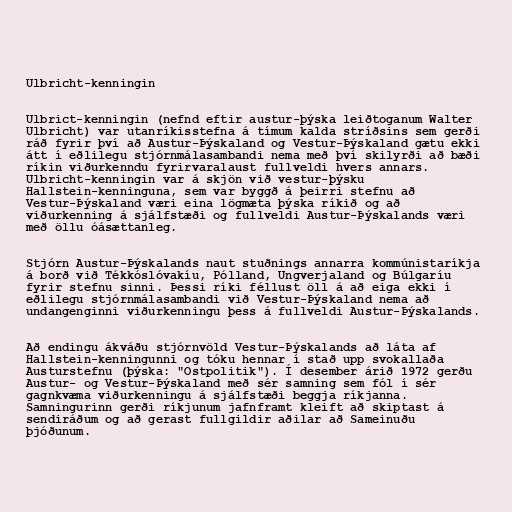
Ulbricht-kenningin

Ulbrict-kenningin (nefnd eftir austur-þýska leiðtoganum Walter
Ulbricht) var utanríkisstefna á tímum kalda stríðsins sem gerði
ráð fyrir því að Austur-Þýskaland og Vestur-Þýskaland gætu ekki
átt í eðlilegu stjórnmálasambandi nema með því skilyrði að bæði
ríkin viðurkenndu fyrirvaralaust fullveldi hvers annars.
Ulbricht-kenningin var á skjön við vestur-þýsku
Hallstein-kenninguna, sem var byggð á þeirri stefnu að
Vestur-Þýskaland væri eina lögmæta þýska ríkið og að
viðurkenning á sjálfstæði og fullveldi Austur-Þýskalands væri
með öllu óásættanleg.

Stjórn Austur-Þýskalands naut stuðnings annarra kommúnistaríkja
á borð við Tékkóslóvakíu, Pólland, Ungverjaland og Búlgaríu
fyrir stefnu sinni. Þessi ríki féllust öll á að eiga ekki í
eðlilegu stjórnmálasambandi við Vestur-Þýskaland nema að
undangenginni viðurkenningu þess á fullveldi Austur-Þýskalands.

Að endingu ákváðu stjórnvöld Vestur-Þýskalands að láta af
Hallstein-kenningunni og tóku hennar í stað upp svokallaða
Austurstefnu (þýska: "Ostpolitik"). Í desember árið 1972 gerðu
Austur- og Vestur-Þýskaland með sér samning sem fól í sér
gagnkvæma viðurkenningu á sjálfstæði beggja ríkjanna.
Samningurinn gerði ríkjunum jafnframt kleift að skiptast á
sendiráðum og að gerast fullgildir aðilar að Sameinuðu
þjóðunum.